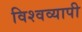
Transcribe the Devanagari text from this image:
विश्‍वव्‍यापी